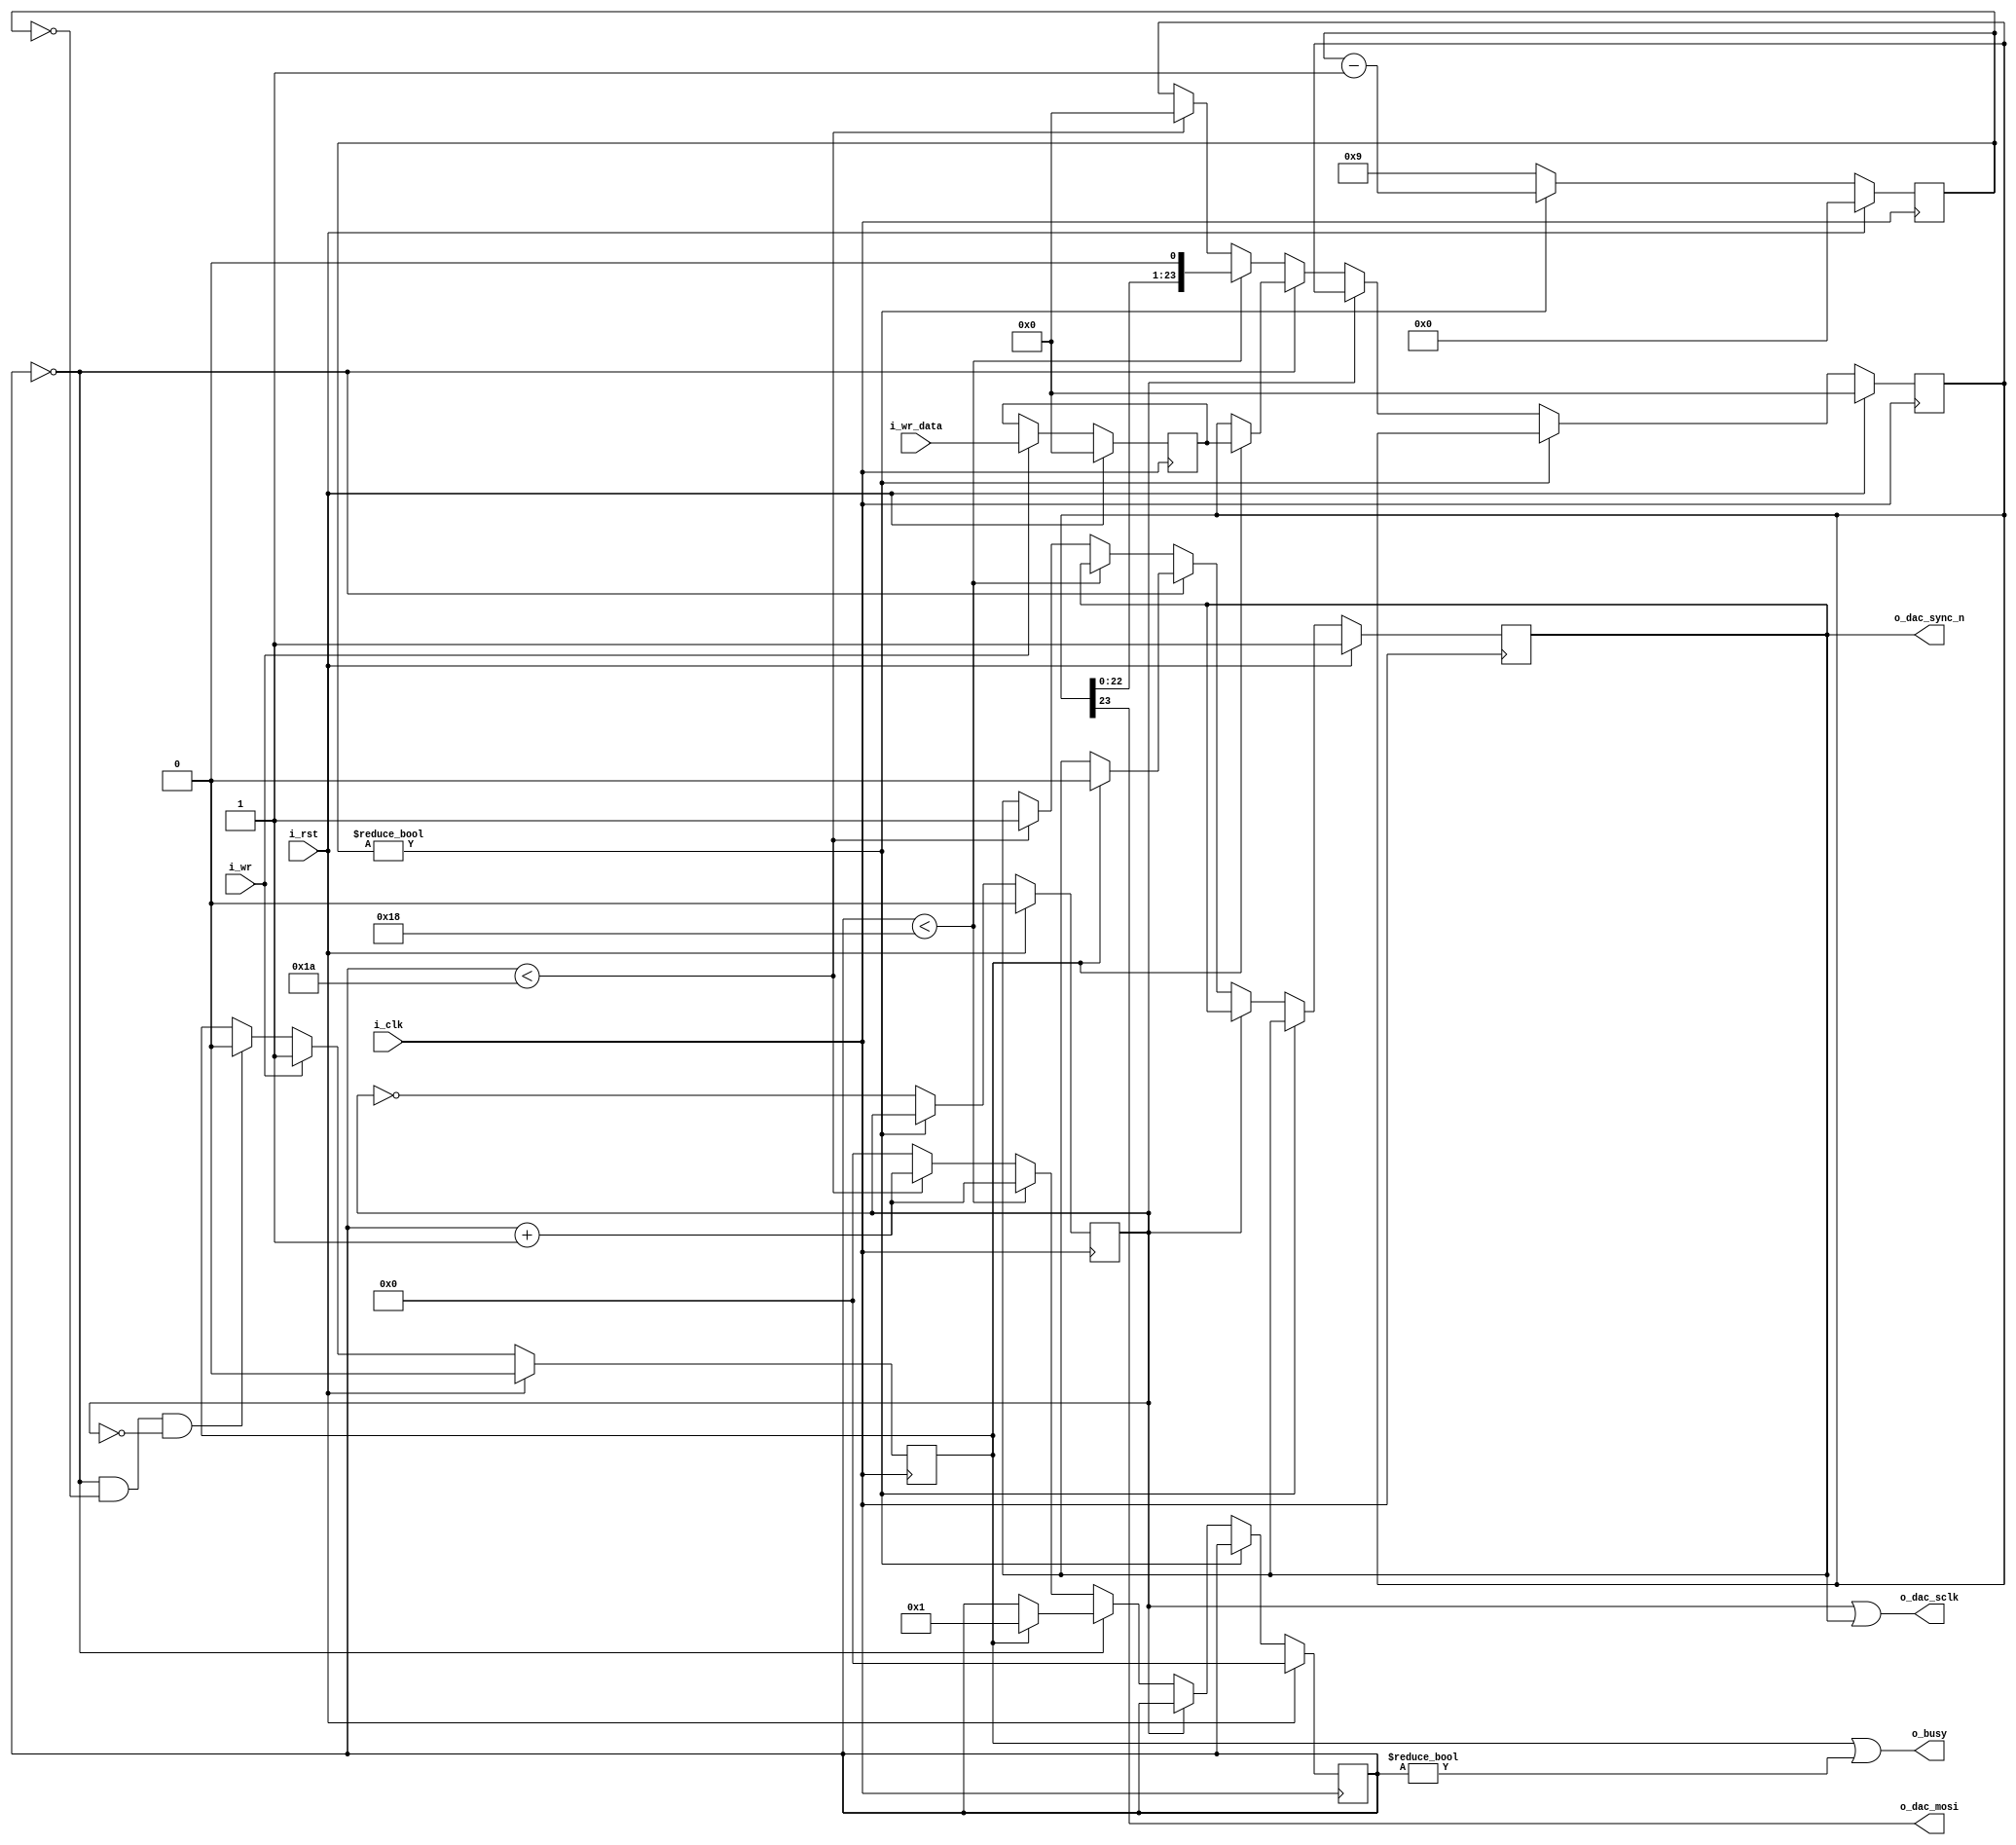
module dac8551 #(
    parameter CLK_DIV = 10  // SPI clock is: f(spi) = f(i_clk)/(2*CLK_DIV)
) (
    // SysCon
    input i_clk,
    input i_rst,
    // Data bus: data to be written and WR strobe
    input i_wr,
    input [23:0] i_wr_data,
    // DAC pins
    output o_dac_sclk,
    output o_dac_mosi,
    output o_dac_sync_n,
    // Status
    output o_busy
);

    localparam CLK_DIV_BITS = $clog2(CLK_DIV);

    // CLK & RST
    wire clk, rst;
    assign clk = i_clk;
    assign rst = i_rst;

    // Data latch
    reg latch_valid;
    reg [23:0] latch_data;

    always @(posedge clk) begin
        if (rst) begin
            latch_valid <= 1'b0;
            latch_data <= 24'b0;
        end else begin
            if (i_wr) begin
                latch_valid <= 1'b1;
                latch_data <= i_wr_data;
            end else begin
                if (dac_cycle == 5'd0 && !dac_div && !dac_spi_clk) begin
                    latch_valid <= 1'b0;
                end
            end
        end
    end

    reg [23:0] dac_reg;
    reg [4:0] dac_cycle;
    reg [CLK_DIV_BITS-1:0] dac_div;
    reg dac_spi_clk;
    reg dac_spi_sync_n;

    always @(posedge clk) begin
        if (rst) begin
            dac_reg <= 24'b0;
            dac_cycle <= 5'd0;
            dac_div <= {CLK_DIV_BITS{1'b0}};
            dac_spi_clk <= 1'b0;
            dac_spi_sync_n <= 1'b1;
        end else begin
            if (dac_div) begin
                dac_div <= dac_div - {{CLK_DIV_BITS-1{1'b0}}, 1'b1};
            end else begin
                dac_div <= CLK_DIV - 1;
                dac_spi_clk <= ~dac_spi_clk;
                // clock dac state machine on the positive SPI CLK edge
                if (!dac_spi_clk) begin
                    if (dac_cycle == 5'd0) begin
                        if (latch_valid) begin
                            // Load word to shift, assert nSYNC
                            dac_reg <= latch_data;
                            dac_spi_sync_n <= 1'b0;
                            dac_cycle <= 5'd1;
                        end
                    end else if(dac_cycle < 5'd24) begin
                        // shift
                        dac_reg[23:0] <= {dac_reg[22:0], 1'b0};
                        dac_cycle <= dac_cycle + 5'd1;
                    end else if(dac_cycle < 5'd26) begin 
                        // Deassert nSYNC and reset MOSI
                        dac_spi_sync_n <= 1'b1;
                        dac_reg <= 24'b0;
                        dac_cycle <= dac_cycle + 5'd1;
                    end else begin
                        // Reset dac_cycle
                        dac_cycle <= 5'd0;
                    end
                end 
            end
        end
    end

    assign o_dac_mosi = dac_reg[23];
    assign o_dac_sync_n = dac_spi_sync_n;
    assign o_dac_sclk = dac_spi_clk | dac_spi_sync_n; // gated clock output
    assign o_busy = latch_valid || (dac_cycle != 5'd0);

endmodule